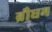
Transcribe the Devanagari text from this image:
ब्रौघम